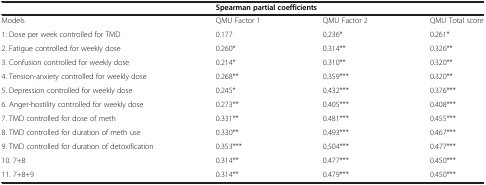
<table><thead><tr><td><b> </b></td><td colspan="3"><b>Spearman partial coefficients</b></td></tr></thead><tbody><tr><td>Models</td><td>QMU Factor 1</td><td>QMU Factor 2</td><td>QMU Total score</td></tr><tr><td>1: Dose per week controlled for TMD</td><td>0.177</td><td>0.236*</td><td>0.261*</td></tr><tr><td>2. Fatigue controlled for weekly dose</td><td>0.260*</td><td>0.314**</td><td>0.326**</td></tr><tr><td>3. Confusion controlled for weekly dose</td><td>0.214*</td><td>0.310**</td><td>0.320**</td></tr><tr><td>4. Tension-anxiety controlled for weekly dose</td><td>0.268**</td><td>0.359***</td><td>0.320**</td></tr><tr><td>5. Depression controlled for weekly dose</td><td>0.245*</td><td>0.432***</td><td>0.376***</td></tr><tr><td>6. Anger-hostility controlled for weekly dose</td><td>0.273**</td><td>0.405***</td><td>0.408***</td></tr><tr><td>7. TMD controlled for dose of meth</td><td>0.331**</td><td>0.481***</td><td>0.455***</td></tr><tr><td>8. TMD controlled for duration of meth use</td><td>0.330**</td><td>0.493***</td><td>0.467***</td></tr><tr><td>9. TMD controlled for duration of detoxification</td><td>0.353***</td><td>0.504***</td><td>0.477***</td></tr><tr><td>10. 7+8</td><td>0.314**</td><td>0.477***</td><td>0.450***</td></tr><tr><td>11. 7+8+9</td><td>0.314**</td><td>0.479***</td><td>0.450***</td></tr></tbody></table>